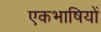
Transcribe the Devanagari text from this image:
एकभाषियों